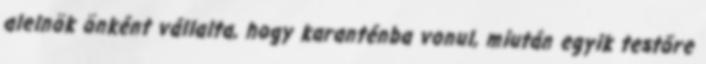
alelnök önként vállalta, hogy karanténba vonul, miután egyik testőre